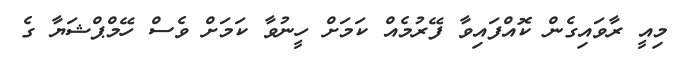
މިއީ ރާވައިގެން ކޮއްފައިވާ ފޭރުމެއް ކަމަށް ހީނުވާ ކަމަށް ވެސް ހޭމްޕްޝަޔާ ގެ